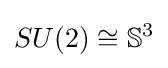
SU(2)\cong \mathbb {S} ^{3}